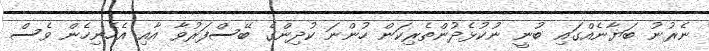
ނެރުނު ބަޔާނެއްގައި ބުނީ ނުކުޅެދުންތެރިކަން ހުންނަ ކުދިންގެ ބޭސްފަރުވާ އާއި އެހެނިހެން ވެސް